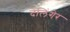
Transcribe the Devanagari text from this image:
देंलिंगेर